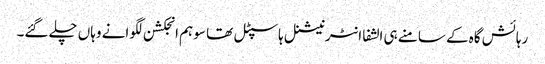
رہائش گاہ کے سامنے ہی الشفا انٹرنیشنل ہاسپٹل تھا سو ہم انجکشن لگوانے وہاں چلے گئے۔